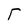
Character: T